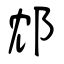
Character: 邥